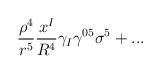
\begin{align*}\frac{\rho^4}{r^5}\frac{x^I}{R^4}\gamma_I\gamma^{05} \sigma^5 + ...\end{align*}